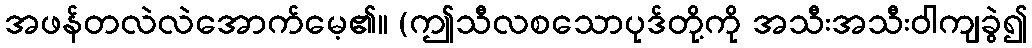
အဖန်တလဲလဲအောက်မေ့၏။ (ဤသီလစသောပုဒ်တို့ကို အသီးအသီးဝါကျခွဲ၍